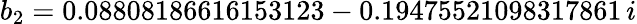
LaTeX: b_{2}=0.08808186616153123-0.19475521098317861\, i